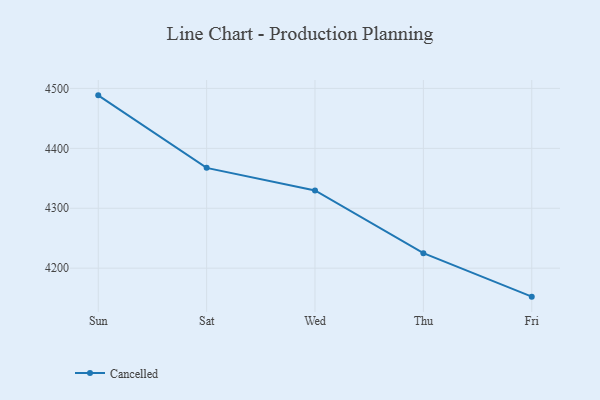
{"axis": {"x": "Day", "y": "Website Visitors"}, "legend": ["Cancelled"], "data": [{"x": "Sun", "y": 4488.4, "type": "Cancelled"}, {"x": "Sat", "y": 4367.4, "type": "Cancelled"}, {"x": "Wed", "y": 4329.8, "type": "Cancelled"}, {"x": "Thu", "y": 4225.0, "type": "Cancelled"}, {"x": "Fri", "y": 4152.5, "type": "Cancelled"}]}